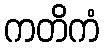
ကတိကံ